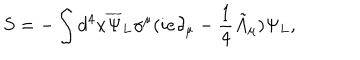
LaTeX: S = - \int d ^ { 4 } x { \overline { { { \Psi } } } _ { L } } \gamma ^ { \mu } ( i e \partial _ { \mu } - \frac { 1 } { 4 } { \tilde { A } } _ { \mu } ) \Psi _ { L } ,